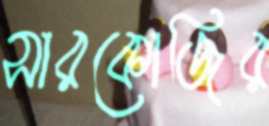
সারকোজির